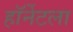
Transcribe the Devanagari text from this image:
हॉर्नेटला